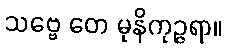
သဗ္ဗေ တေ မုနိကုဉ္ဇရာ။